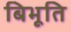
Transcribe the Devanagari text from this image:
बिभूति